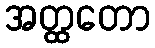
အတ္ထတော